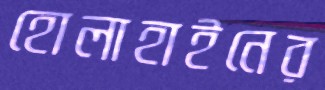
হোলাহাইনের